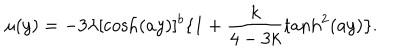
\mu ( y ) = - 3 \lambda [ \cosh ( a y ) ] ^ { b } \{ 1 + \frac { k } { 4 - 3 k } \tanh ^ { 2 } ( a y ) \} .